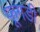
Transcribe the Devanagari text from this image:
फूगडी